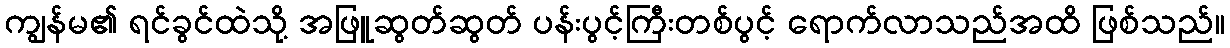
ကျွန်မ၏ ရင်ခွင်ထဲသို့ အဖြူဆွတ်ဆွတ် ပန်းပွင့်ကြီးတစ်ပွင့် ရောက်လာသည်အထိ ဖြစ်သည်။